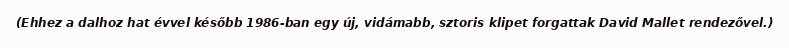
(Ehhez a dalhoz hat évvel később 1986-ban egy új, vidámabb, sztoris klipet forgattak David Mallet rendezővel.)